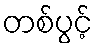
တစ်ပွင့်